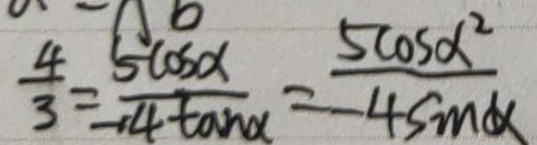
\frac { 4 } { 3 } = \frac { 5 \cos \alpha } { - 4 \tan \alpha } = \frac { 5 \cos \alpha } { - 4 \sin \alpha }